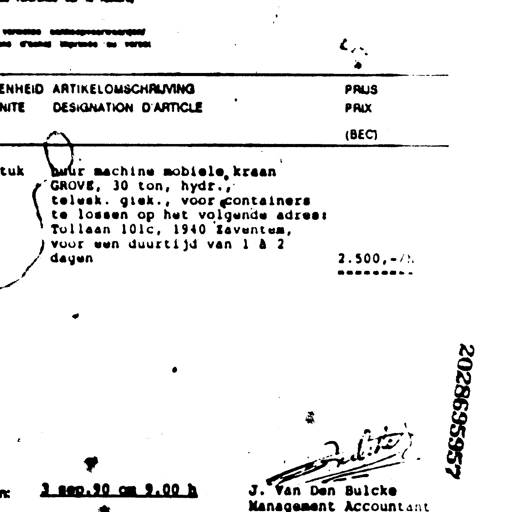
verkoopsvoorwaarden
d'achat imprimee au verso

ENHEID ARTIKELOMSCHRIJVING PRIJS
NITE DESIGNATION D'ARTICLE PRIX
(BEG)

tuk huur machine mobiele kraan
GROVE, 30 ton, hydr.,
telesk. giek., voor containers
te lossen op het volgende adres:
Tollaan 101c, 1940 Zaventem,
voor een duurtijd van 1 a 2
dagen 2.500,-/h

2 sep.90 om 9.00 h J. Van Den Bulcke
Management Accountant

2028695957